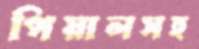
পিয়ালসহ